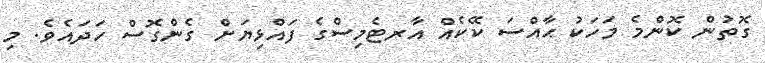
ގޮތުން ކޮންމެ މަހަކު ޙާއްސަ ކޭކެއް އާރޓެމިސްގެ ފައްޅިޔަށް ގެންގޮސް ހަދައެވެ. މި